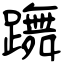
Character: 躌